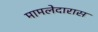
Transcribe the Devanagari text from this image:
मामलेदारास